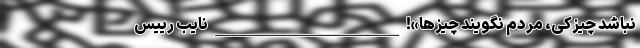
نباشد چیزکی، مردم نگویند چیزها»! _______________________ نایب رییس